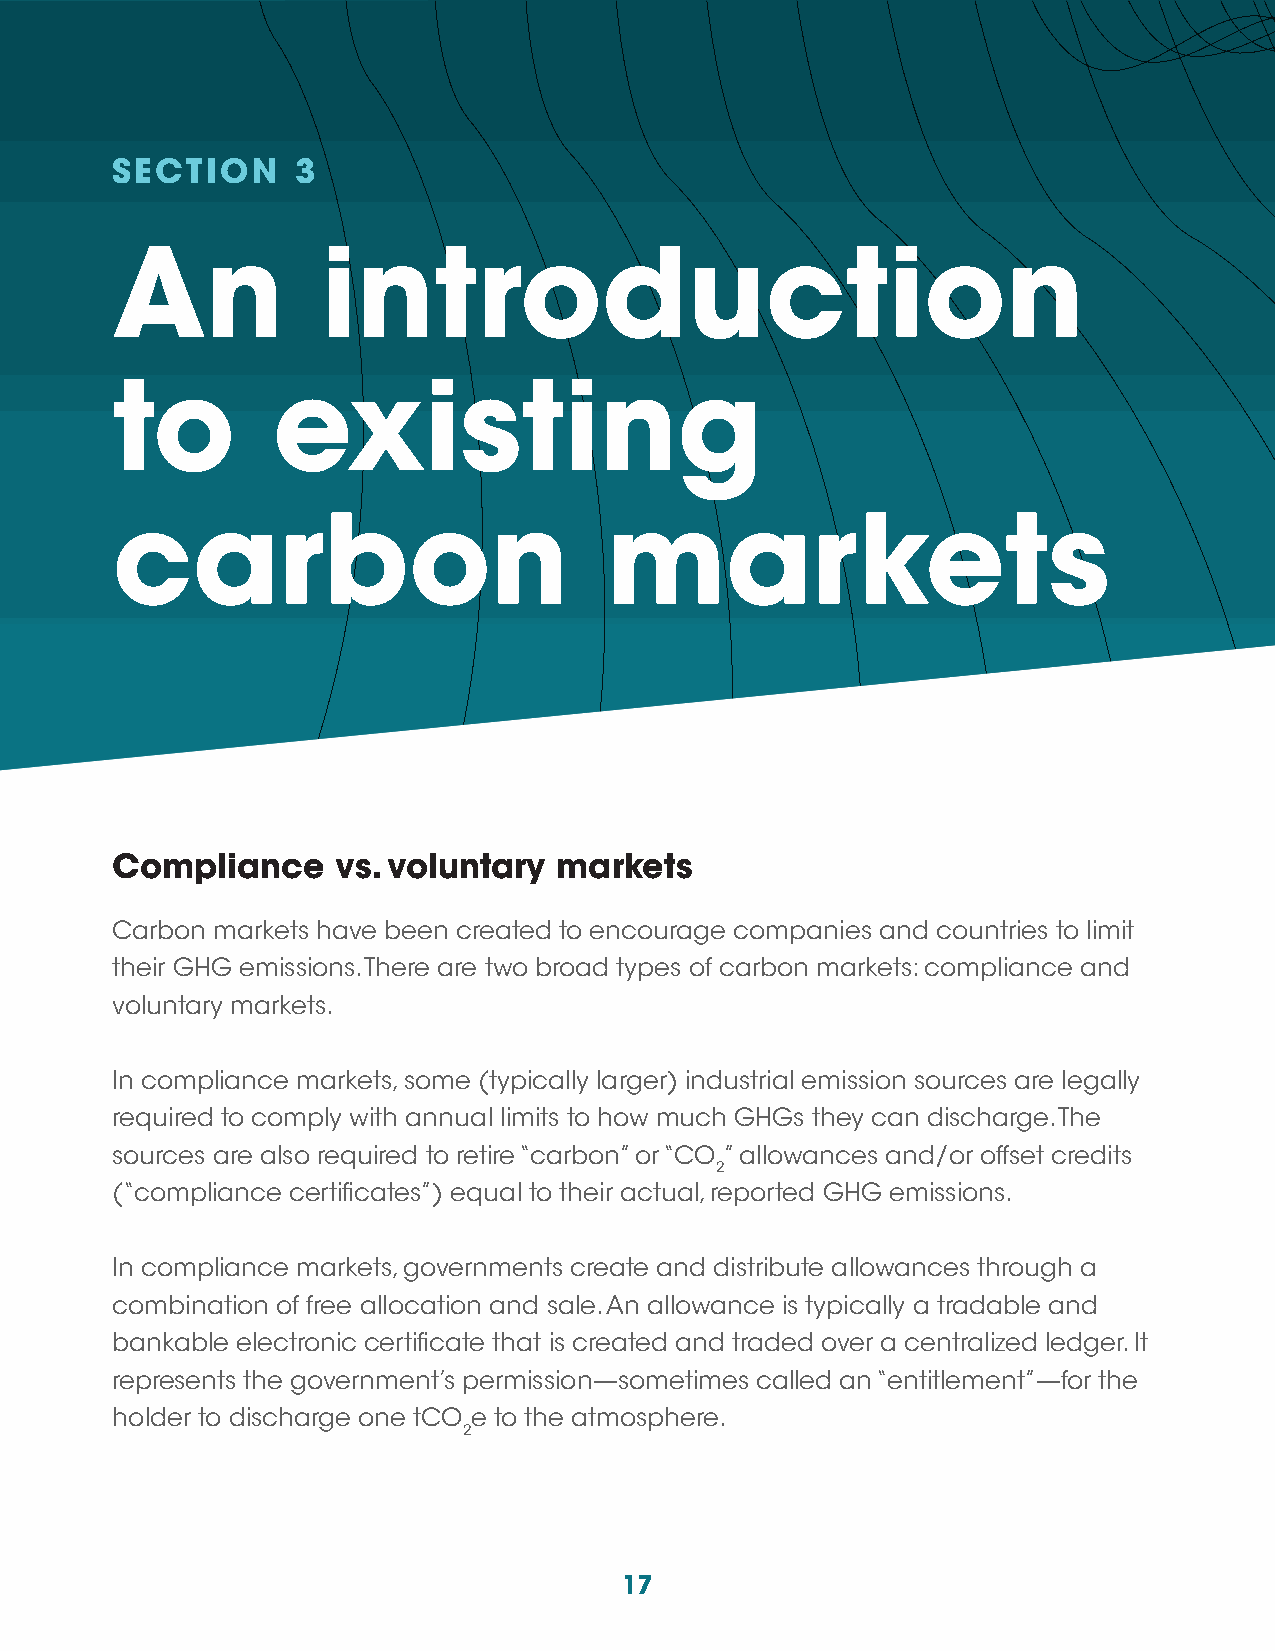
SECTION      3
 An            introduction
 to         existing
 carbon                           markets
 Compliance     vs. voluntary  markets
 Carbon markets have been created to encourage companies and countries to limit
 their GHG emissions. There are two broad types of carbon markets: compliance and
 voluntary markets.
 In compliance markets, some (typically larger) industrial emission sources are legally
 required to comply with annual limits to how much GHGs they can discharge. The
 sources are also required to retire “carbon” or “CO ” allowances and/or offset credits
 2
 (“compliance certificates”) equal to their actual, reported GHG emissions.
 In compliance markets, governments create and distribute allowances through a
 combination of free allocation and sale. An allowance is typically a tradable and
 bankable electronic certificate that is created and traded over a centralized ledger. It
 represents the government’s permission—sometimes called an “entitlement”—for the
 holder to discharge one tCO e to the atmosphere.
 2
 17